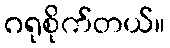
ဂရုစိုက်တယ်။